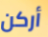
أركن